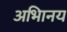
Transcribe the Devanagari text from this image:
अभािनय